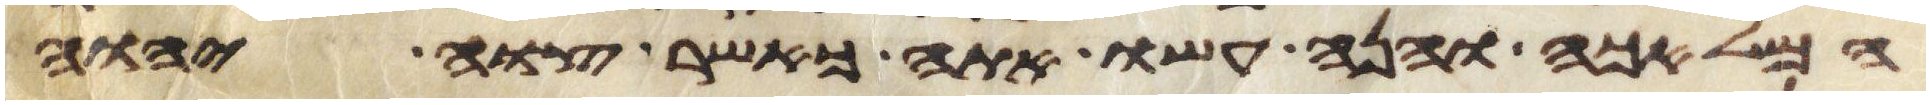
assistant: המלאכה והנה עשו אתה כאשר צוה יהוה